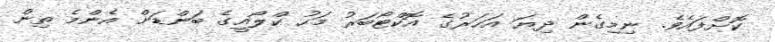
ކޮށްފައެވެ. ނިމިގެން ދިޔަ އަހަރުގެ އޮކްޓޯބަރު މަހު ކްލޯއީގެ ބަންޑަށް އެންމެ ތިން